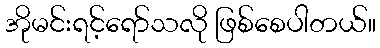
အိုမင်းရင့်ရော်သလို ဖြစ်စေပါတယ်။